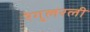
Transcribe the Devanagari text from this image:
रेगुलरली